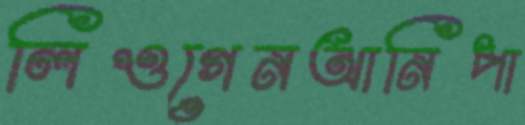
লিওগেনআনিপা